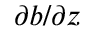
\partial b / \partial z